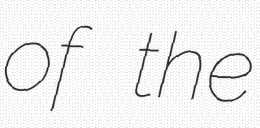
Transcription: of the